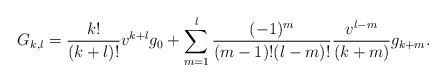
\begin{align*} G_{k,l}=\frac{k!}{(k+l)!}v^{k+l}g_0+\sum_{m=1}^l\frac{(-1)^m}{(m-1)!(l-m)!}\frac{v^{l-m}}{(k+m)}g_{k+m}.\end{align*}